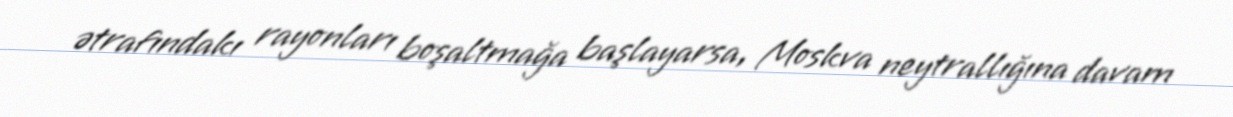
ətrafındakı rayonları boşaltmağa başlayarsa, Moskva neytrallığına davam